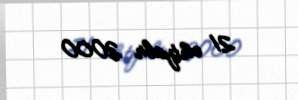
21 oktyabr 2000